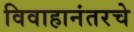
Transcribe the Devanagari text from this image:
विवाहानंतरचे